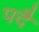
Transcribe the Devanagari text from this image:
पदै